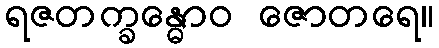
ရဇတက္ခန္ဓောဝ ဇောတရေ။